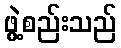
ဖွဲ့စည်းသည်